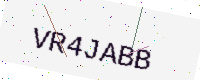
Text: VR4JABB